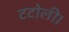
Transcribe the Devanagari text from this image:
टटोली।